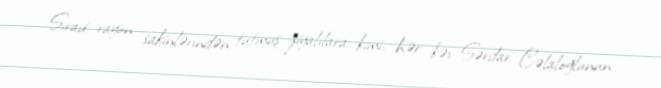
Sıravi rayon sakinlərindən tutmuş ziyalılara kimi, hər kəs Sərdar Cəlaloğlunun